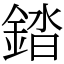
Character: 錔